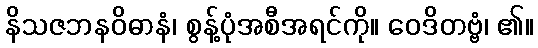
နိသဇဘနဝိဓာနံ၊ စွန့်ပုံအစီအရင်ကို။ ဝေဒိတဗ္ဗံ၊ ၏။